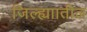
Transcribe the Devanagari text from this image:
जिल्ह्याातील